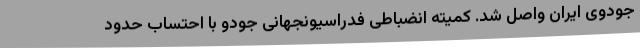
جودوی ایران واصل شد. کمیته انضباطی فدراسیونجهانی جودو با احتساب حدود